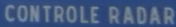
CONTROLE RADAR